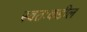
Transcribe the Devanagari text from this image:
स्वतःकडील